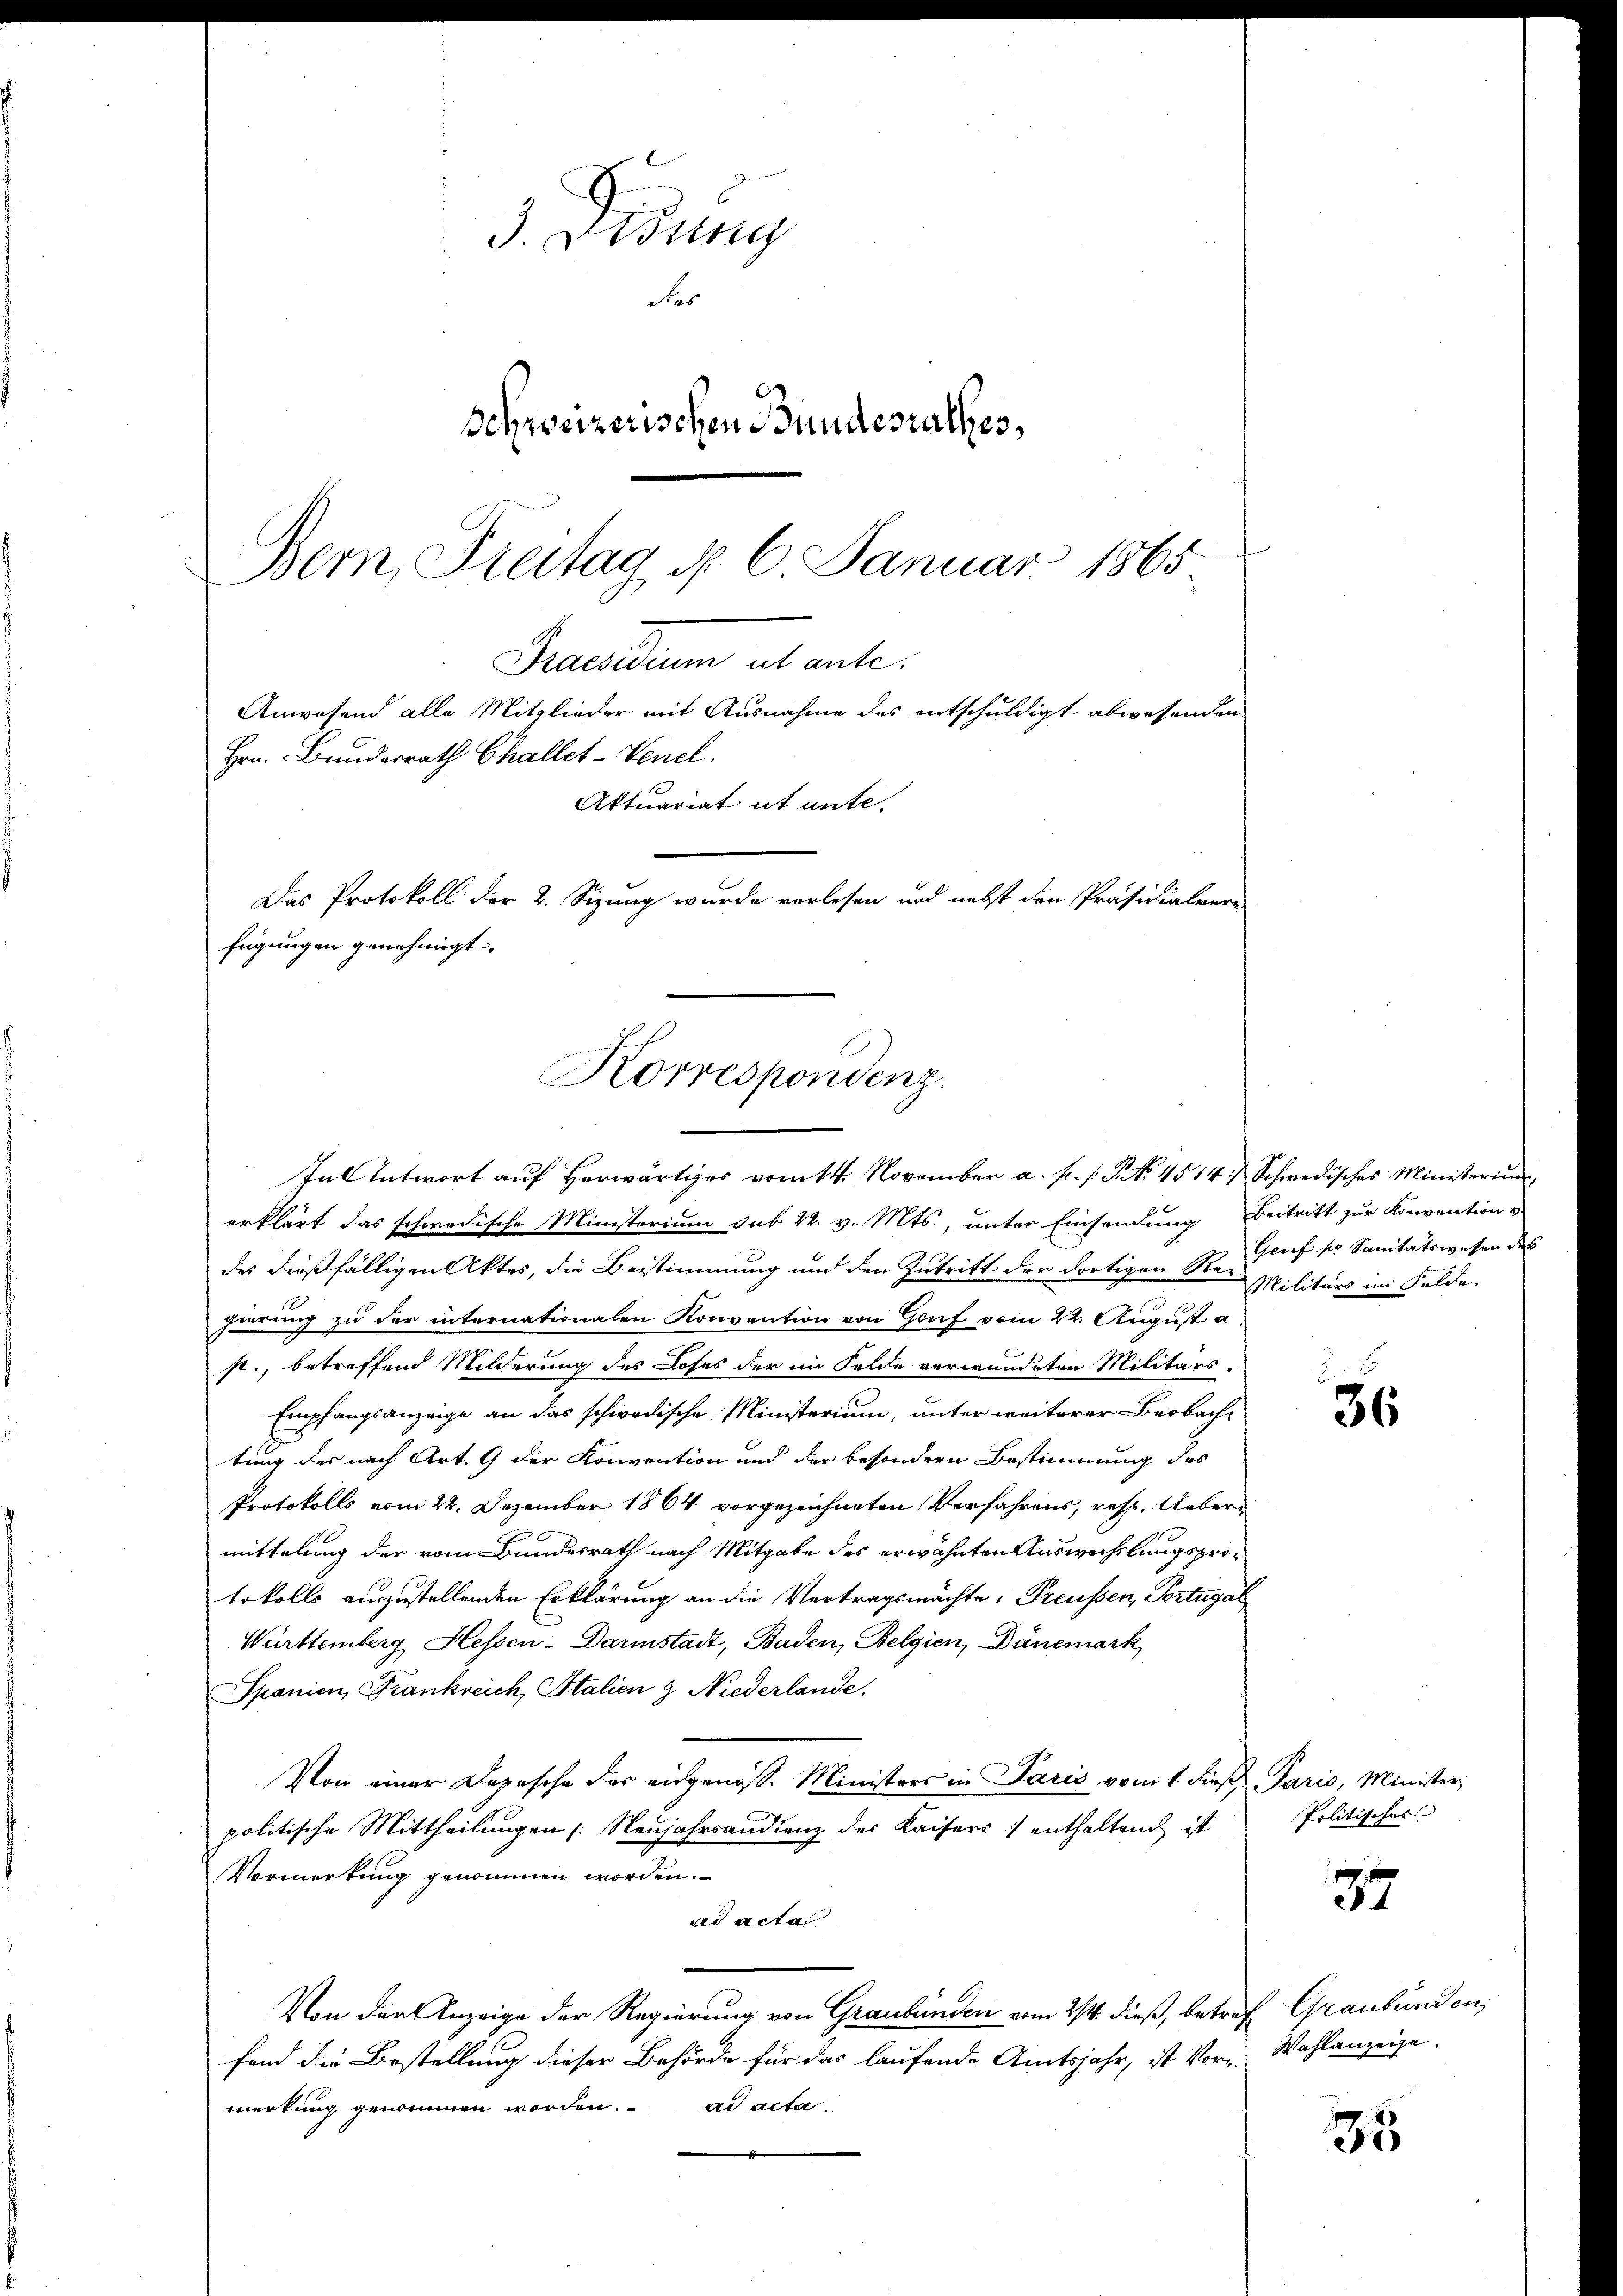
3. Didung
Pas
Schweizerischen Bundesrathes,
Bem, Freitag d. 6. Januar 1865

Praedium als ente.
Anwesend alle Mitglieder mit Ausnahme des entschuldigt abwesenden
Hrn. Bundesrath Challet-Venel.
Aktuariat ut ante.
Das Protokoll der 2. Sizung wurde verlesen und nebst den Präsidialver
fügungen genehmigt.

Korrespondenz.

Tal Antwort auf Herwärtiges vom 14. November a. f. (: P. No. 4514 u. Schwedisches Ministerium
erklärt das schwedische Ministerium sub 22. v. Mts., unter Einsendung Beitritt zur Konvention v
des dießfälligen Aktes, die Beistimmung und den Zutritt der dortigen der Genf sr. Sanitätswesen des
gierung zu der internationalen Konvention von Genf vom 22. August a
s., betreffend Milderung des Loses der im Felde verwundeten Militärs.
Empfangsanzeige an das schwedische Ministerium, unter weiterer Beobachtung der nach Art. 9 der Konvention und der besondern Bestimmung des
Protokolls vom 22. Dezember 1864 vorgezeichneten Verfahrens, resp. Uebermittelung der vom Bundesrath nach Mitgabe des erwähnten Auswechslungsprotokolls auszustellenden Erklärung an die Vertragsmachte, Preussen, Portugal
Württemberg Hessen-Darmstadt, Baden, Belgien, Dänemark
Spanien, Frankreich, Italien & Niederlande.
Von einer Depesche der eingenoss. Ministers in Paris vom 1. dies Paris, Minister,
politische Mittheilungen Neujahrsandrenz des Kaisers enthaltend ist
Vormerkung genommen worden.
ad acta
Von der Anzeige der Regierung von Graubünden vom 2/4. dieß, betref Graubünden,
fand die Bestellung dieser Behörde für das laufende Amtsjahr, ist Vor Wahlanzeige
ad acta.
merkung genommen worden.

Militärs im Felde.

36

Politisches

37

35